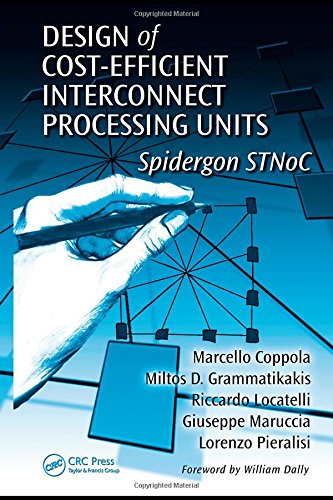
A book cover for Design of Cost-Efficient Interconnect Processing Units: Spidergon STNoC (System-on-Chip Design and Technologies); Marcello Coppola; Computers & Technology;